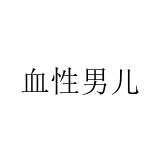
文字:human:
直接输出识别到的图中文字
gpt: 血性男儿